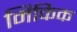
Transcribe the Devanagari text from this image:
मिकिक